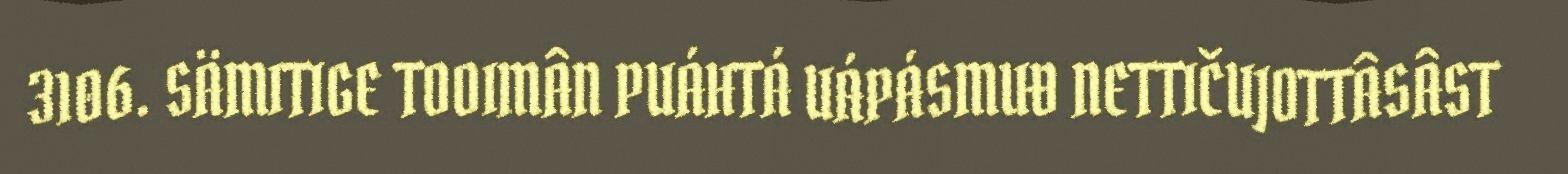
3106. SÄMITIGE TOOIMÂN PUÁHTÁ UÁPÁSMUĐ NETTIČUJOTTÂSÂST